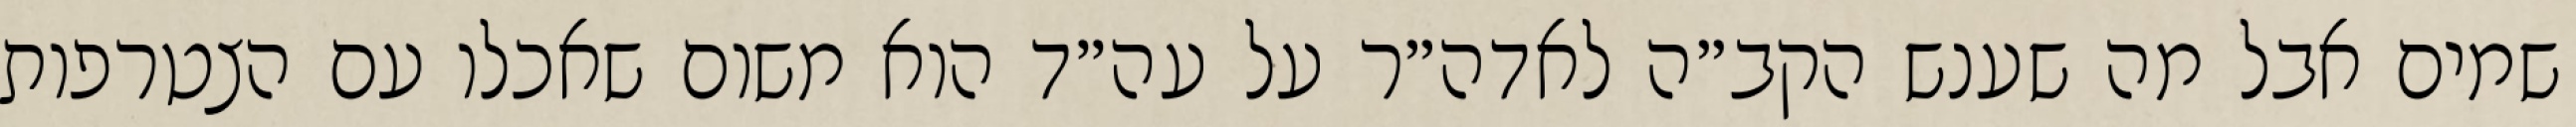
שמים אבל מה שענש הקב״ה לאדה״ר על עה״ד הוא משום שאכלו עם הצטרפות